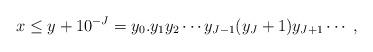
LaTeX: \begin{align*}x \leq y+10^{-J}=y_0.y_1y_2 \cdots y_{J-1}(y_J+1)y_{J+1} \cdots\;,\end{align*}